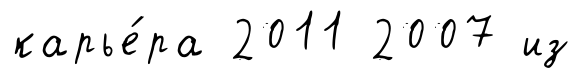
карье́ра 2011 2007 из